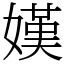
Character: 嫨